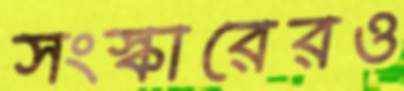
সংস্কারেরও